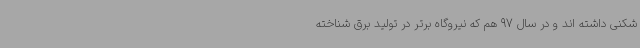
شکنی داشته اند و در سال 97 هم که نیروگاه برتر در تولید برق شناخته